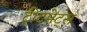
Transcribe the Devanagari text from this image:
ट्रीटमेंट्स